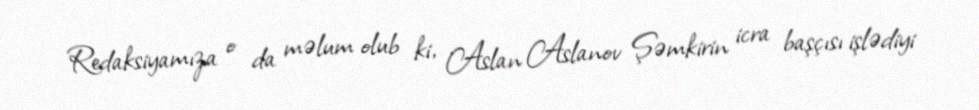
Redaksiyamıza o da məlum olub ki, Aslan Aslanov Şəmkirin icra başçısı işlədiyi